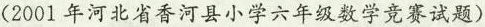
(2001年河北省香河县小学六年级数学竞赛试题)